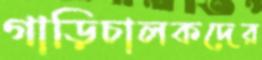
গাড়িচালকদের